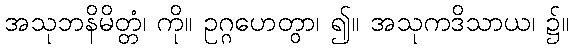
အသုဘနိမိတ္တံ၊ ကို။ ဥဂ္ဂဟေတွာ၊ ၍။ အသုကဒိသာယ၊ ၌။